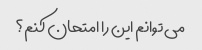
می توانم این را امتحان کنم؟